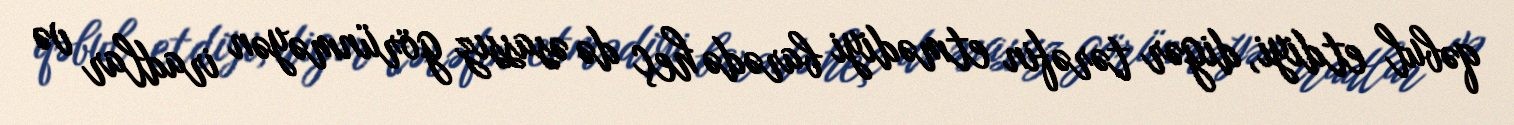
qəbul etdiyi, digər tərəfin etmədiyi barədə heç də əsassız görünməyən iradlar və